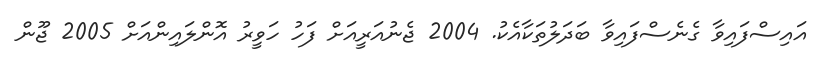
އައިސްފައިވާ ގެނެސްފައިވާ ބަދަލުތަކާއެކު. 2004 ޖެނުއަރީއަށް ފަހު ހަވީރު އޮންލައިންއަށް 2005 ޖޫން